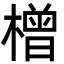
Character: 橧